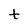
Character: t